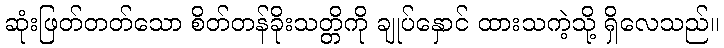
ဆုံးဖြတ်တတ်သော စိတ်တန်ခိုးသတ္တိကို ချုပ်နှောင် ထားသကဲ့သို့ ရှိလေသည်။